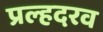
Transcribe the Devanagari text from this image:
प्रल्हदरव